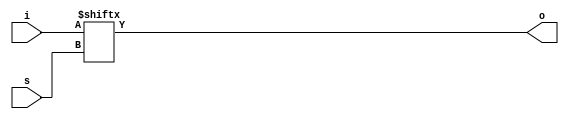
/**********************************
    4:1 Multiplexer - Data Flow
**********************************/

module mux_4_1_df(o,i,s);
input [3:0]i;
input s;
output o;

assign o = i[s] ;
    
endmodule